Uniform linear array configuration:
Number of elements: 48
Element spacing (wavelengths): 0.5
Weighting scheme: uniform
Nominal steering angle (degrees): -45
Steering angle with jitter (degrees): -46.406
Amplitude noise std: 0.05
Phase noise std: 0.05

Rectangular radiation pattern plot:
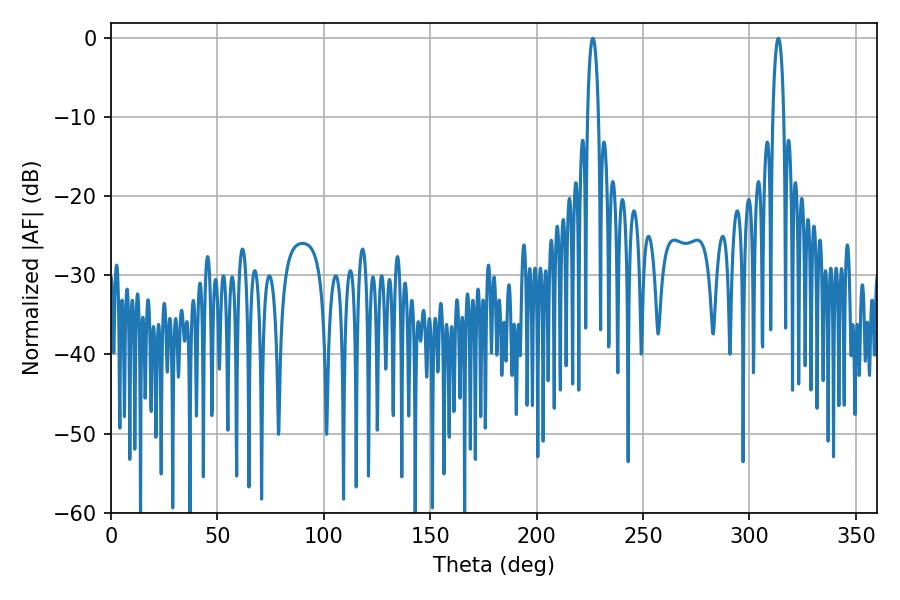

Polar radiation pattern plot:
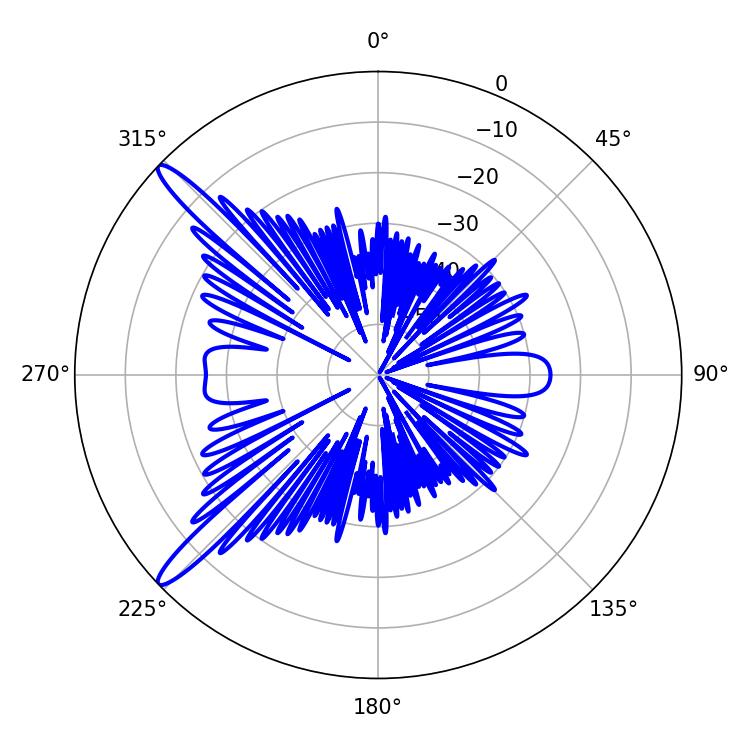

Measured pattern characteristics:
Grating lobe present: FALSE
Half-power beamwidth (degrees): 2.88
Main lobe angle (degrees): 226.44